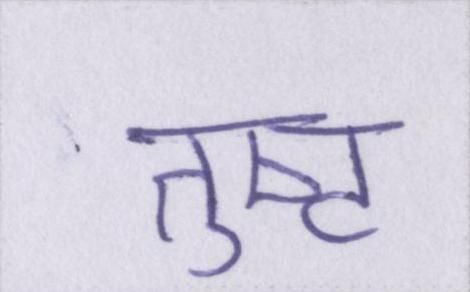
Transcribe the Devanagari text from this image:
तुष्ट